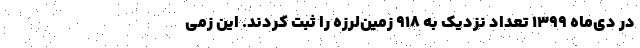
در دی‌ماه ۱۳۹۹ تعداد نزدیک به ۹۱۸ زمین‌لرزه را ثبت کردند. این زمی